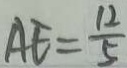
A E = \frac { 1 2 } { 5 }